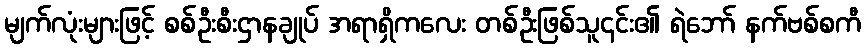
မျက်လုံးများဖြင့် စစ်ဦးစီးဌာနချုပ် အရာရှိကလေး တစ်ဦးဖြစ်သူ၎င်း၏ ရဲဘော် နက်ဗစ်စကီ